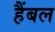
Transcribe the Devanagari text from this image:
हैंबल